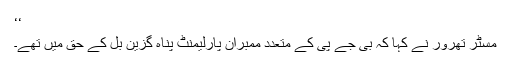
‘‘
مسٹر تھرور نے کہا کہ بی جے پی کے متعدد ممبران پارلیمنٹ پناہ گزین بل کے حق میں تھے۔